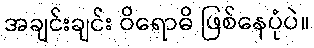
အချင်းချင်း ဝိရောဓိ ဖြစ်နေပုံပဲ။